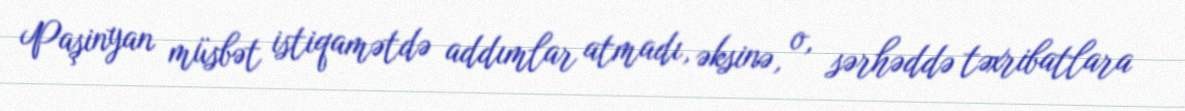
Paşinyan müsbət istiqamətdə addımlar atmadı, əksinə, o, sərhəddə təxribatlara